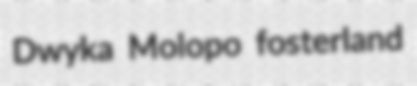
Dwyka Molopo fosterland